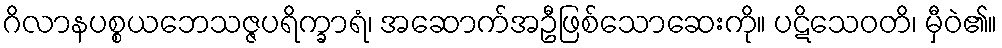
ဂိလာနပစ္စယဘေသဇ္ဇပရိက္ခာရံ၊ အဆောက်အဦဖြစ်သောဆေးကို။ ပဋိသေဝတိ၊ မှီဝဲ၏။